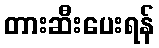
တားဆီးပေးရန်